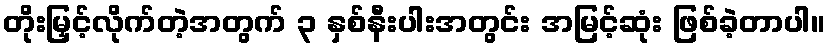
တိုးမြှင့်လိုက်တဲ့အတွက် ၃ နှစ်နီးပါးအတွင်း အမြင့်ဆုံး ဖြစ်ခဲ့တာပါ။